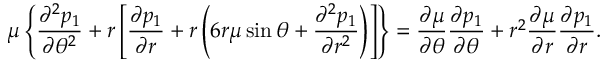
\mu \left\{ \frac { \partial ^ { 2 } p _ { 1 } } { \partial \theta ^ { 2 } } + r \left[ \frac { \partial p _ { 1 } } { \partial r } + r \left( 6 r \mu \sin \theta + \frac { \partial ^ { 2 } p _ { 1 } } { \partial r ^ { 2 } } \right) \right] \right\} = \frac { \partial \mu } { \partial \theta } \frac { \partial p _ { 1 } } { \partial \theta } + r ^ { 2 } \frac { \partial \mu } { \partial r } \frac { \partial p _ { 1 } } { \partial r } .